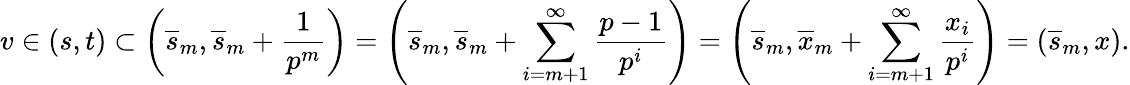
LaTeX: v\in\left(s,t\right)\subset\left(\overline{{s}}_{m},\overline{{s}}_{m}+\frac{1}{p^{m}}\right)=\left(\overline{{s}}_{m},\overline{{s}}_{m}+\sum_{i=m+1}^{\infty}\frac{p-1}{p^{i}}\right)=\left(\overline{{s}}_{m},\overline{{x}}_{m}+\sum_{i=m+1}^{\infty}\frac{x_{i}}{p^{i}}\right)=\left(\overline{{s}}_{m},x\right).